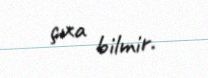
çıxa bilmir.